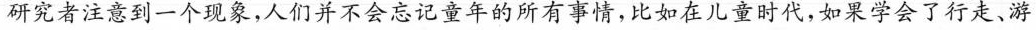
研究者注意到一个现象，人们并不会忘记童年的所有事情，比如在儿童时代，如果学会了行走、游